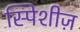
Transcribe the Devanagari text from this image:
स्पिशीज़